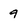
Character: 9